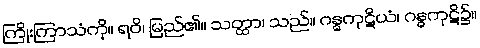
ကြိုးကြာသံကို။ ရဝိ၊ မြည်၏။ သတ္ထာ၊ သည်။ ဂန္ဓကုဋိယံ၊ ဂန္ဓကုဋိ၌။